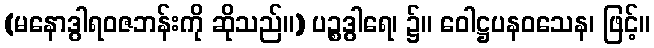
(မနောဒွါရဝဇဘန်းကို ဆိုသည်။) ပဉ္စဒွါရေ၊ ၌။ ဝေါဋ္ဌပနဝသေန၊ ဖြင့်။